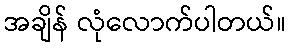
အချိန် လုံလောက်ပါတယ်။